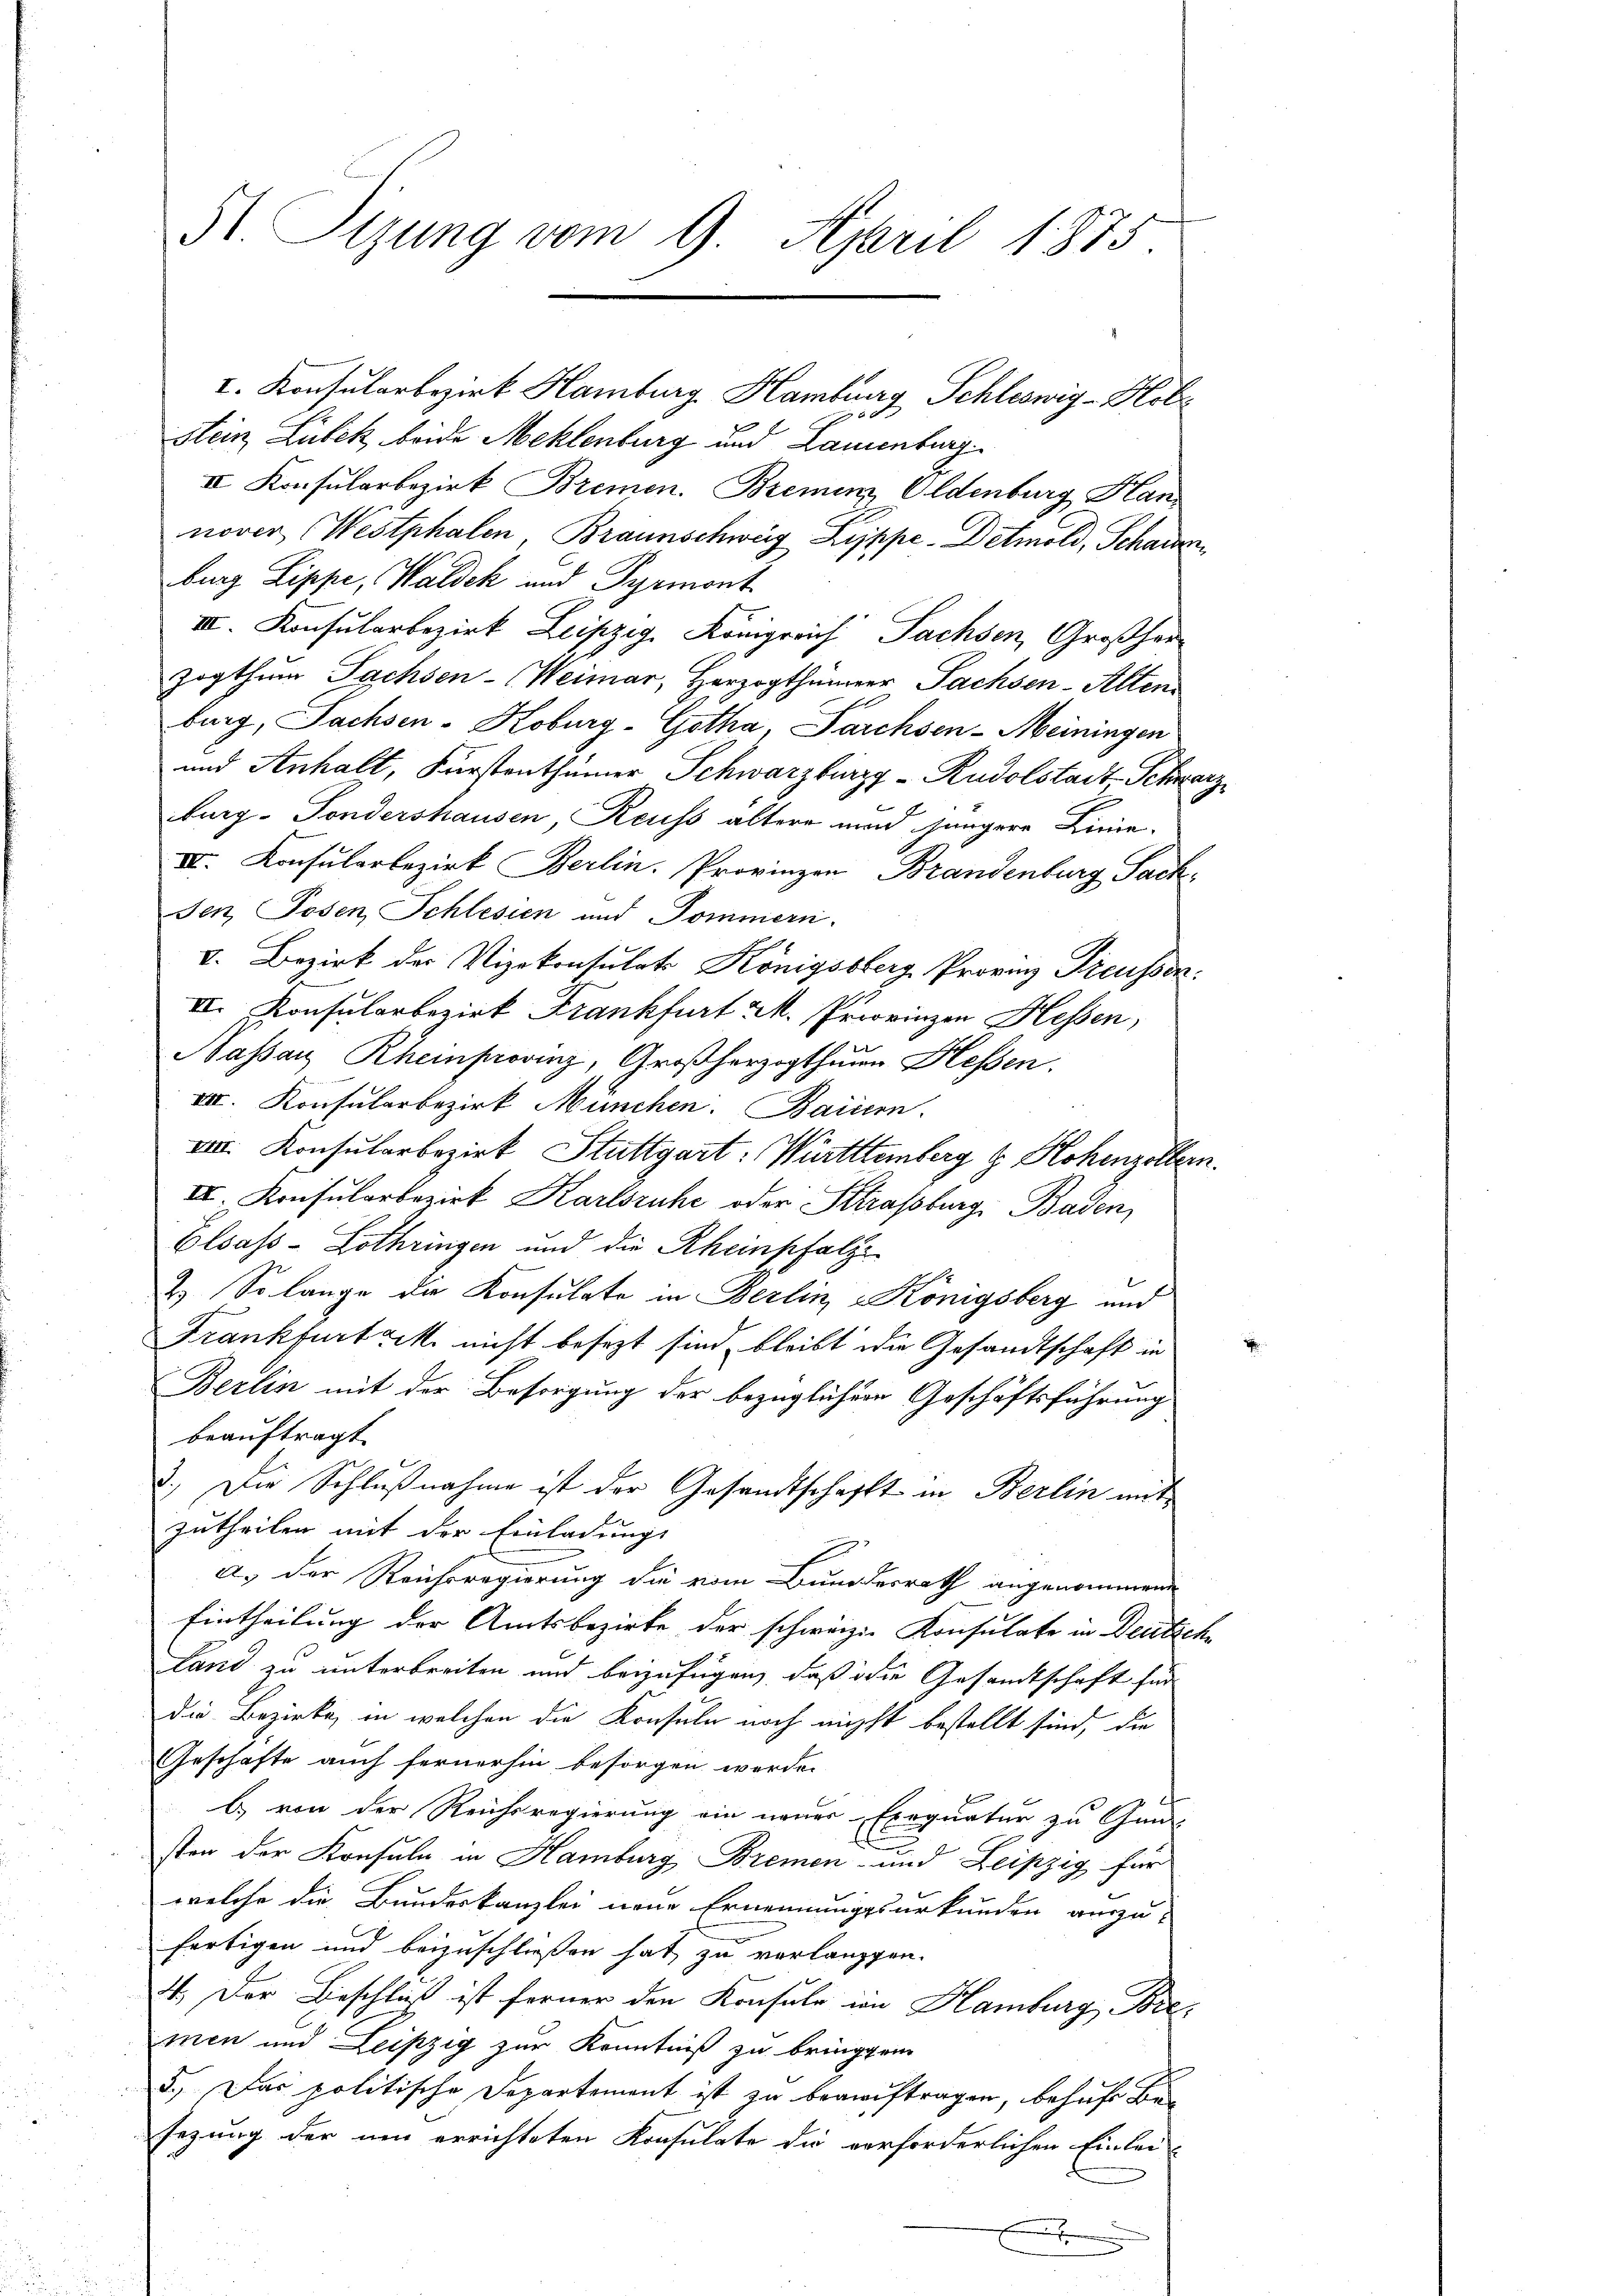
I. Konsularbezirk Hamburg, Hamburg Schleswig-Hol
stein Lubek beide Meklenburg und Lamenburg
IV. Konsularbezirk Bremen. Bremen Eldenburg Hannover (Westphalen Braunschweig Zippe-Detmold, Schauern
burg Zippe, Waldeck und Pyrmont
III. Konsularbezirk Leipzig, Königreich Sachsen, Großherzogthum Sachsen-Weimar, Herzogthümer Sachsen-Alten
burg, Sachsen-Koburg-Gotha, Parchsen-Meiningen
und Anhalt, Fürstenthümer Schwarzburg - Rudolstadt Schwarz
burg - Sondershausen, Reuss altere und jüngere Linie¬
IV. Konsularbezirk Berlin. Provinzen Brandenburg Sach
Jen Posen Schlesien und Pommern.
V. Bezirk der Vizekonsulats Königssberg Provinz Treusser
II. Konsularbezirk Frankfurt M. Priovinzen Hessen,
Nassar Rheinprovinz, Großherzogthuun Hessen.
VII. Konsularbezirk München. Baiern.
VIII. Konsularbezirk Stuttgart: Württemberg & Hohenzollern.
III. Konsularbezirk Karlsruhe oder Strassburg, Baden,
Elsass-Lothringen und die Rheinpfalze
2.) So lange die Konsulate in Berlin, Königsberg und
Frankfurt c. nicht besezt sind bleibt die Gesandtschaft in
Berlin mit der Besorgung der bezüglicher Geschäftsführung
beauftragt.
3.) Die Schlußnahme ist der Gesandtschafft in Berlin mitzutheilen mit der Einladungs
a. Der Reichsregierung die vom Bundesrath angenommene
Eintheilung der Amtsbezirke der schweizer Konsulate in Deutsch
Land zu unterbreiten und beizufügen, daß die Gesandtschaft für
die Bezirke, in welchen die Konsule noch nicht bestellt sind, die
Geschäfte auch fernerhin besorgen werde.
b) von der Reichsregierung ein neuer Exequatur zu Gun
n
sten der Konsuln in Hamburg, Bremen- und Leipzig für
welche die Bundeskanzlei neue Ernennungsurkunden auszu-
fertigen und beizuschließen hat, zu verlangen.
41. Der Beschluß ist ferner den Konsule im Hamburg, Bre
men und Leipzig zur Kenntniß zu bringen.
5.) Das politische Departement ist zu beauftragen, behufe be
sezung der um errichteten Konsulate die verforderlichen Einlei-
e

St. Sizung vom 9. April 1875